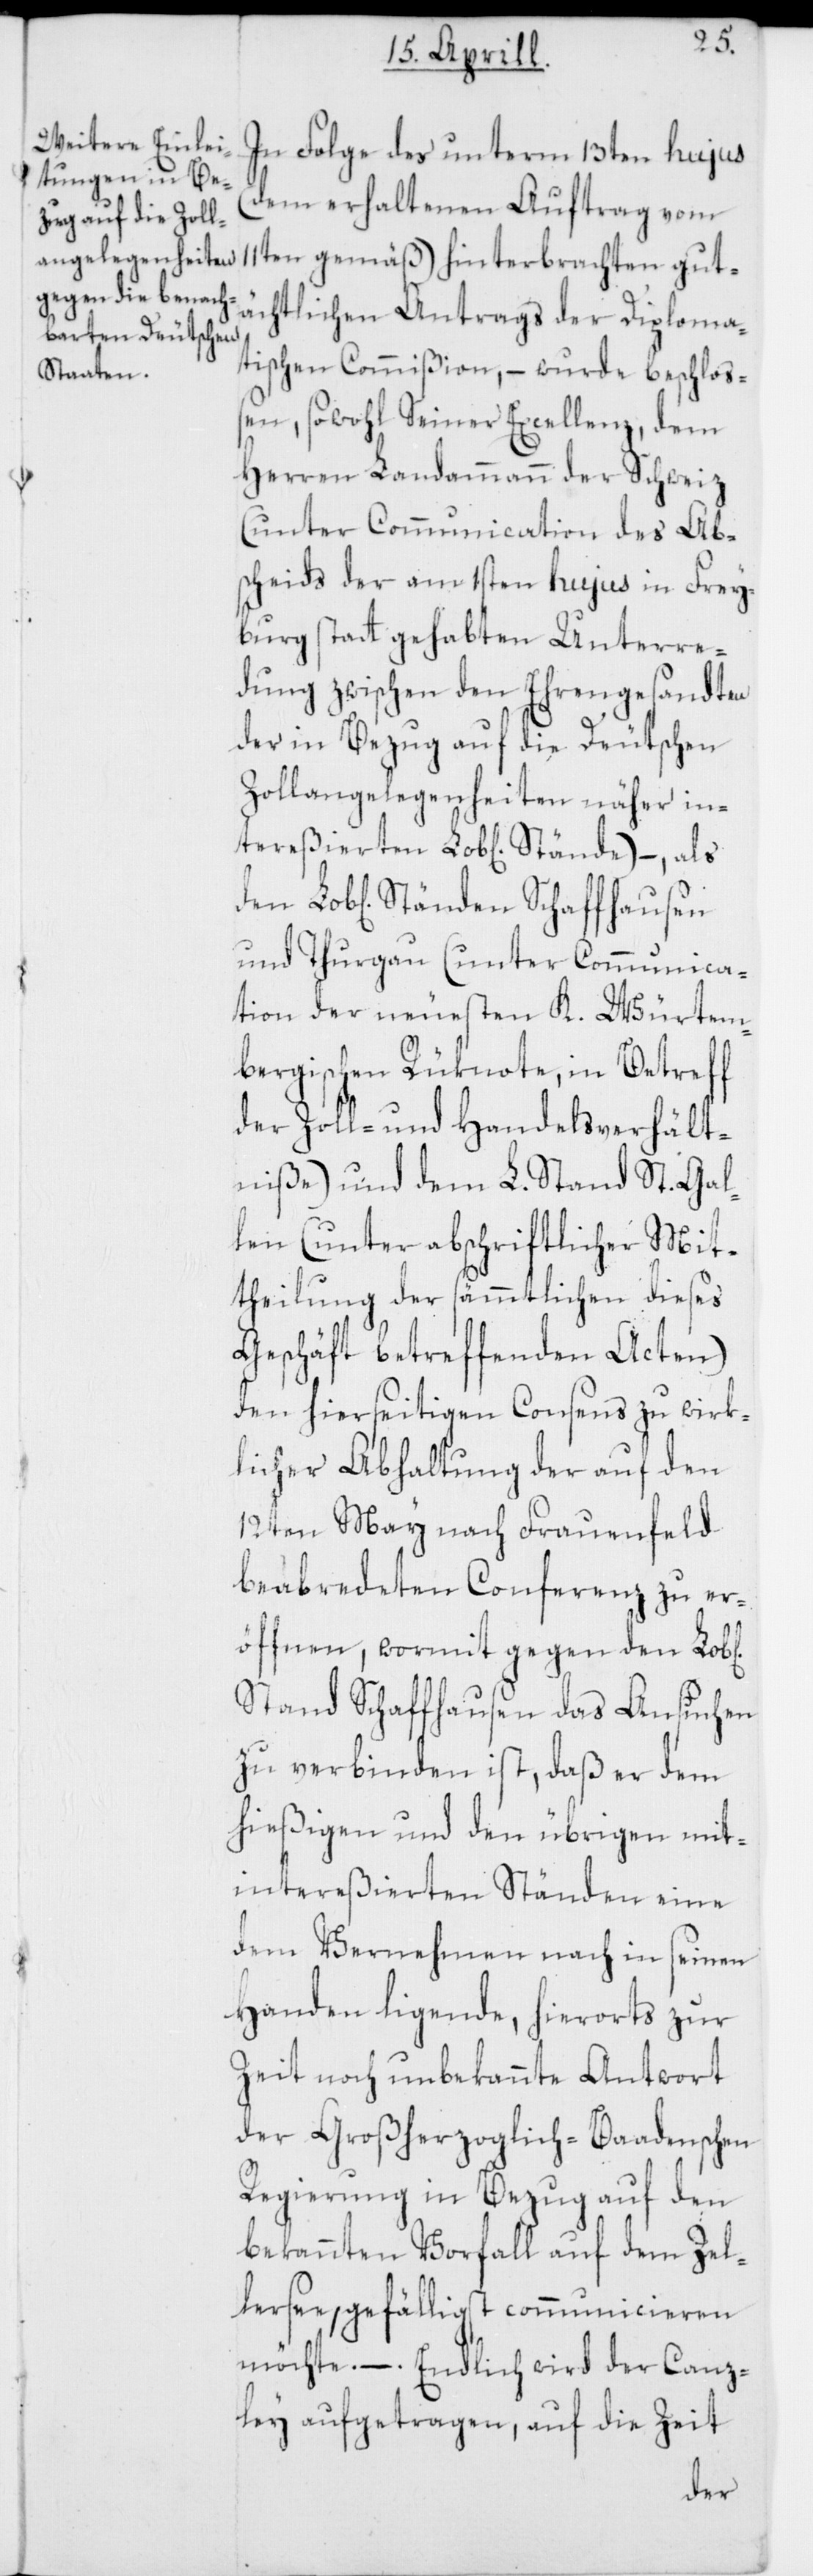
ichen]
In Folge des unterm 13ten hujus
(dem erhaltenen Auftrag vom
11ten gemäß) hinterbrachten gut¬
ächtlichen Antrags der Diploma¬
tischen Commißion, – wurde beschlo¬
ßen, sowohl Seiner Excellenz, dem
Herren Landammann der Schweiz
(unter Communication des Ab¬
scheids der am 1sten hujus in Frey¬
burg stattgehabten Unterre¬
dung zwischen den Ehrengesandten
der in Bezug auf die Deutschen
Zollangelegenheiten näher
und Thurgau (unter Communica¬
tion der neuesten K. Würtem¬
bergischen Rüknote, in Betreff
der Zoll- und Handelsverhält¬
niße) und dem L. Stand St. Gal¬
len (unter abschriftlicher Mit¬
theilung der sämmtlichen dieses
Geschäft betreffenden Acten)
den hierseitigen Consens zu wirk¬
licher Abhaltung der auf den
12ten May nach Frauenfeld
beabredeten Conferenz zu er¬
öffnen, wormit gegen den Lob[l¬
Stand Schaffhausen das Ansuchen
zu verbinden ist, daß er dem
hießigen und den übrigen mit¬
intereßierten Ständen eine
dem Vernehmen nach in seinen
Handen ligende, hierorts zur
Zeit noch unbekannte Antwort
der Großherzoglich-Baadenschen
Regierung in Bezug auf den
bekannten Vorfall auf dem Zel¬
lersee, gefälligst communicieren
möchte. – Endlich wird der Canz¬
ley aufgetragen, auf die Zeit
den